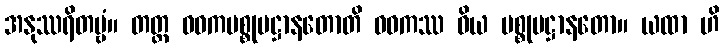
အနုဿရိတဗ္ဗံ။ တတ္ထ ဝဓကပစ္စုပဋ္ဌာနတောတိ ဝဓကဿ ဝိယ ပစ္စုပဋ္ဌာနတော။ ယထာ ဟိ